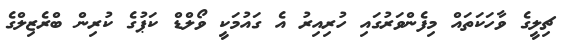
ޗިލީގެ ވާހަކަތައް މިފެންވަރުގައި ހުރިއިރު އެ ގައުމަކީ ވޯލްޑް ކަޕުގެ ކުރިން ބްރެޒިލްގެ